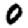
Digit: 0